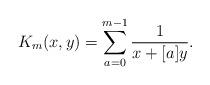
LaTeX: \begin{align*}K_{m}(x, y)=\sum_{a=0}^{m-1}\frac{1}{x+[a]y}. \end{align*}